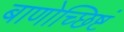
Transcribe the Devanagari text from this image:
बाणोच्छिष्टं